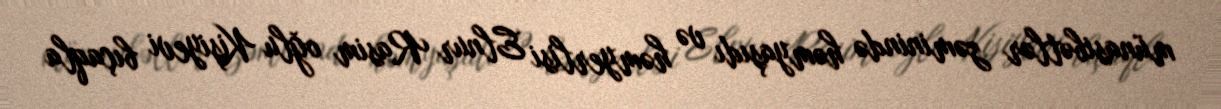
münasibətlər zəminində həmyaşıdı və həmyerlisi Elnur Rasim oğlu Kişiyevi bıçaqla